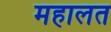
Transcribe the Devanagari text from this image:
महालत